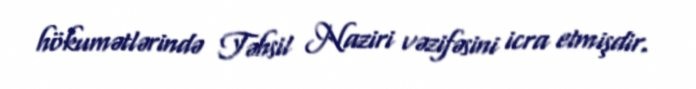
hökumətlərində Təhsil Naziri vəzifəsini icra etmişdir.